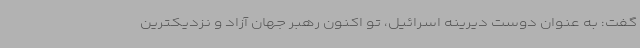
گفت: به عنوان دوست دیرینه اسرائیل، تو اکنون رهبر جهان آزاد و نزدیکترین